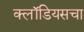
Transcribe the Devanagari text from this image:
क्लॉडियसचा